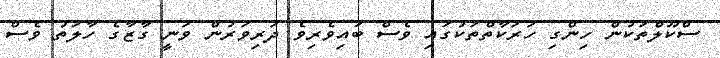
ސްކޫލްތަކުން ހިންގި ހަރަކާތްތަކުގައި ވެސް ބައިވެރިވެ ދަރިވަރުން ވަނީ ގާޒާގެ ހާލަތު ވެސް